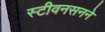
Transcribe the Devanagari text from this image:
स्टीवनसनने